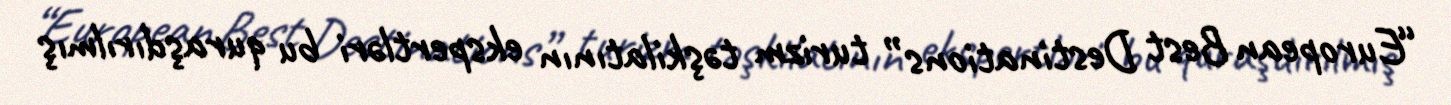
“European Best Destinations” turizm təşkilatının ekspertləri bu quraşdırılmış